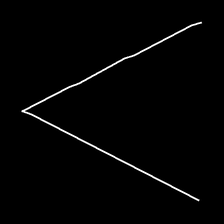
Glyph: region